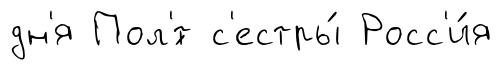
дн'я Пол'́т с'естры́ Росс'и́я